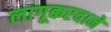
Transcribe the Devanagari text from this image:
लागूकरवाने